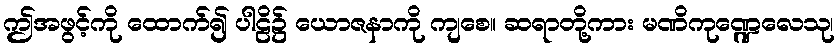
ဤအဖွင့်ကို ထောက်၍ ပါဠိ၌ ယောဇနာကို ကျစေ။ ဆရာတို့ကား မဏိကုဏ္ဍေလေသု၊